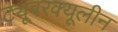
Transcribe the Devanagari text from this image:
ट्यूबरक्यूलीन